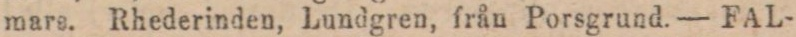
mars. Rhederinden, Lundgren, från Porsgrund. — FAL-